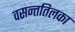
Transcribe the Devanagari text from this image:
वसन्ततिलका